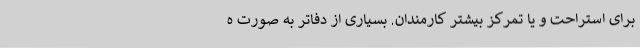
برای استراحت و یا تمرکز بیشتر کارمندان. بسیاری از دفاتر به صورت ه